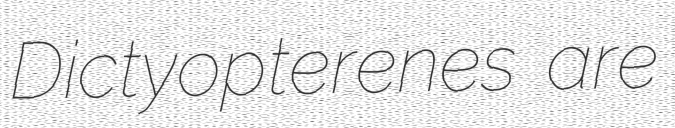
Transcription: Dictyopterenes are